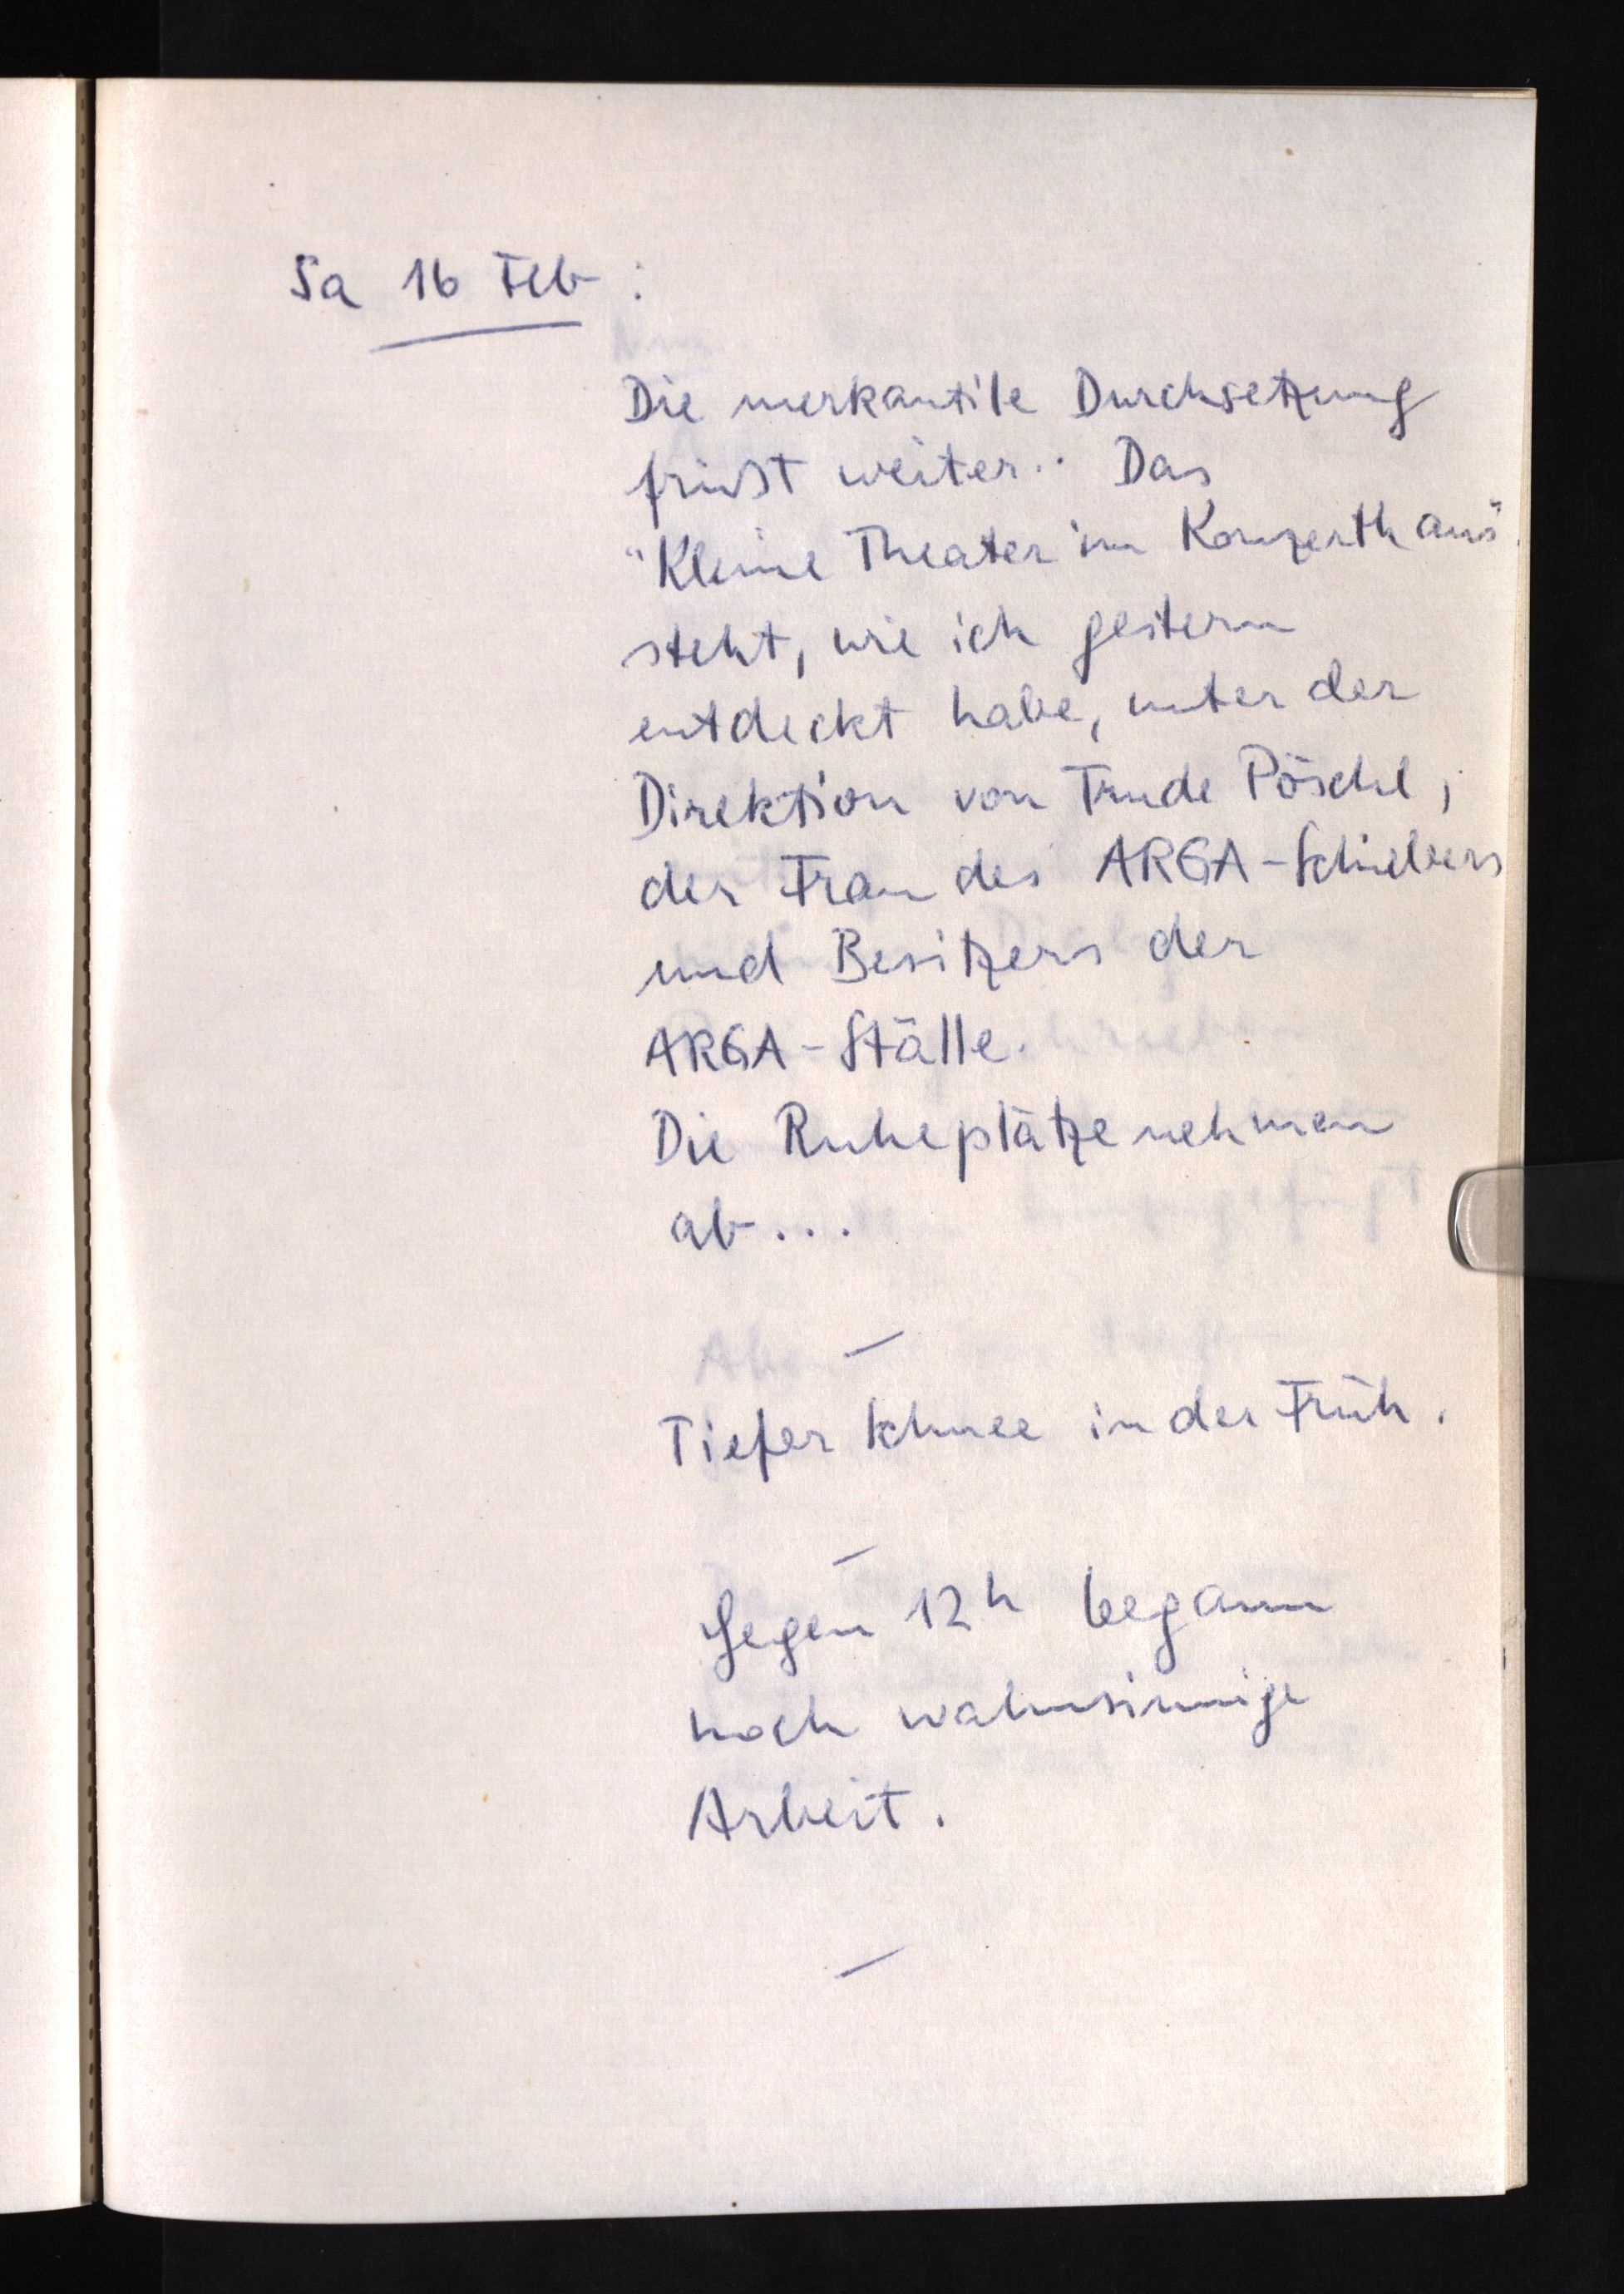
Sa 16 Feb:
Die merkantile Durchsetzung
frißt weiter.. Das
"Kleine Theater im Konzerthaus"
steht, wie ich gestern
entdeckt habe, unter der
Direktion von Trude Pöschl,
der Frau des ARGA-Schiebers
und Besitzers der
ARGA-Ställe.
Die Ruheplätze nehmen
ab ...
Tiefer Schnee in der Früh.
Gegen 12h begann
noch wahnsinnige
Arbeit.